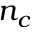
n _ { c }